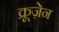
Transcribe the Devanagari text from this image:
क्रूज़ेन